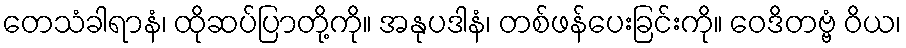
တေသံခါရာနံ၊ ထိုဆပ်ပြာတို့ကို။ အနုပဒါနံ၊ တစ်ဖန်ပေးခြင်းကို။ ဝေဒိတဗ္ဗံ ဝိယ၊